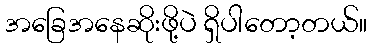
အခြေအနေဆိုးဖို့ပဲ ရှိပါတော့တယ်။